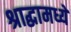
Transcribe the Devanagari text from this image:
श्राद्धामध्ये